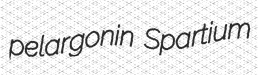
pelargonin Spartium